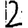
Digit: 2